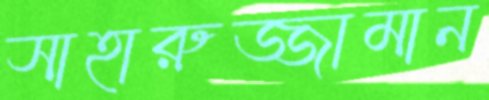
সাহারুজ্জামান